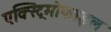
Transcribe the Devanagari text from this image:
एक्स्ट्रिमोफाइल